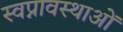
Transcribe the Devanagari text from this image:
स्वप्नावस्थाओं